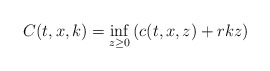
\begin{align*}C(t,x,k)=\inf_{z \geq 0}\left( c(t,x,z)+rkz \right) \end{align*}